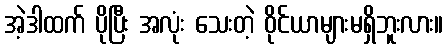
အဲ့ဒါထက် ပိုပြီး အလုံး သေးတဲ့ ဝိုင်ယာများမရှိဘူးလား။